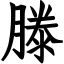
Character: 滕